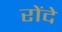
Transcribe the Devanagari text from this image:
रोंदे